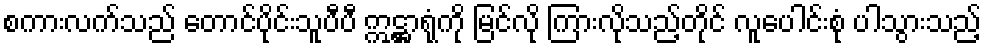
စကားလက်သည် တောင်ပိုင်းသူပီပီ ဣဋ္ဌာရုံကို မြင်လို ကြားလိုသည့်တိုင် လူပေါင်းစုံ ပါသွားသည့်